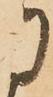
に